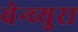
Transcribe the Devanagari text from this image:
वेन्च्युरा